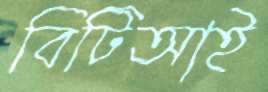
বিটিআই